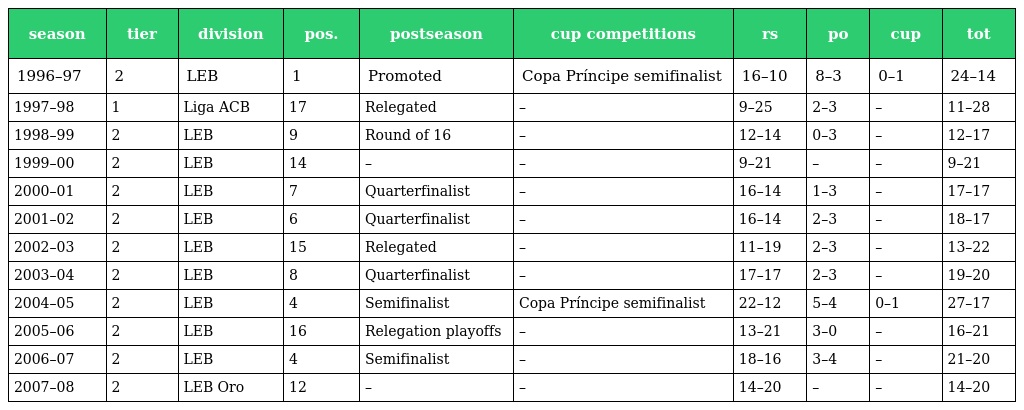
| season | tier | division | pos. | postseason | cup competitions | rs | po | cup | tot |
 | --- | --- | --- | --- | --- | --- | --- | --- | --- | --- |
 | 1996–97 | 2 | LEB | 1 | Promoted | Copa Príncipe semifinalist | 16–10 | 8–3 | 0–1 | 24–14 |
 | 1997–98 | 1 | Liga ACB | 17 | Relegated | – | 9–25 | 2–3 | – | 11–28 |
 | 1998–99 | 2 | LEB | 9 | Round of 16 | – | 12–14 | 0–3 | – | 12–17 |
 | 1999–00 | 2 | LEB | 14 | – | – | 9–21 | – | – | 9–21 |
 | 2000–01 | 2 | LEB | 7 | Quarterfinalist | – | 16–14 | 1–3 | – | 17–17 |
 | 2001–02 | 2 | LEB | 6 | Quarterfinalist | – | 16–14 | 2–3 | – | 18–17 |
 | 2002–03 | 2 | LEB | 15 | Relegated | – | 11–19 | 2–3 | – | 13–22 |
 | 2003–04 | 2 | LEB | 8 | Quarterfinalist | – | 17–17 | 2–3 | – | 19–20 |
 | 2004–05 | 2 | LEB | 4 | Semifinalist | Copa Príncipe semifinalist | 22–12 | 5–4 | 0–1 | 27–17 |
 | 2005–06 | 2 | LEB | 16 | Relegation playoffs | – | 13–21 | 3–0 | – | 16–21 |
 | 2006–07 | 2 | LEB | 4 | Semifinalist | – | 18–16 | 3–4 | – | 21–20 |
 | 2007–08 | 2 | LEB Oro | 12 | – | – | 14–20 | – | – | 14–20 |